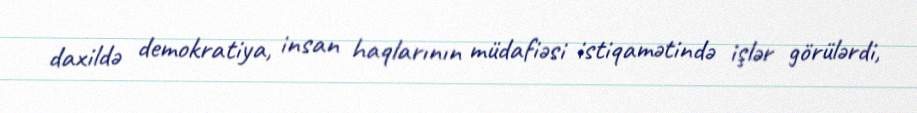
daxildə demokratiya, insan haqlarının müdafiəsi istiqamətində işlər görülərdi,